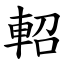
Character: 軺